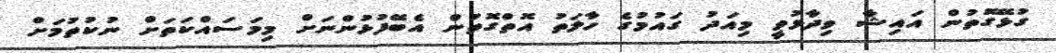
ގުޅޭގޮތުން އައިޝާ ވިދާޅުވީ މިއަދު ގައުމުގެ ހާލަތު އޮތްގޮތުން އެބޭފުޅުންނަށް މިމަސައްކަތަށް ނުކުތުމަށް